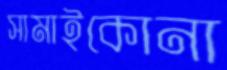
সামাইকোনা